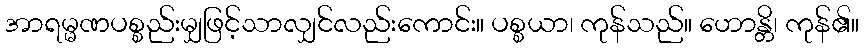
အာရမ္မဏပစ္စည်းမျှဖြင့်သာလျှင်လည်းကောင်း။ ပစ္စယာ၊ ကုန်သည်။ ဟောန္တိ၊ ကုန်၏။